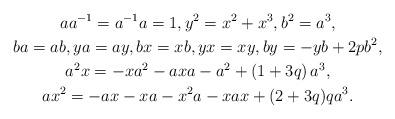
LaTeX: \begin{gather*}a a^{-1} = a^{-1} a = 1,y^{2} = x^{2} + x^{3},b^{2} = a^{3},\\ba = ab,ya = ay,bx = xb,yx = xy,by = -yb+2pb^{2},\\a^2 x = - xa^{2} - axa - a^2 +\left( 1 + 3q \right) a^{3},\\ax^2= -ax-xa-x^2a-xax+(2+3q)qa^3.\end{gather*}